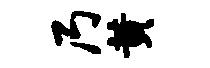
乃黄